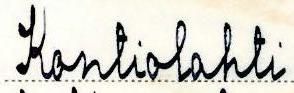
Kontiolahti